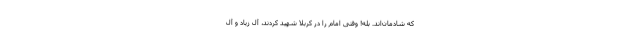
که شادمان‌اند. بله! وقتی امام را در کربلا شهید کردند، آل زیاد و آل